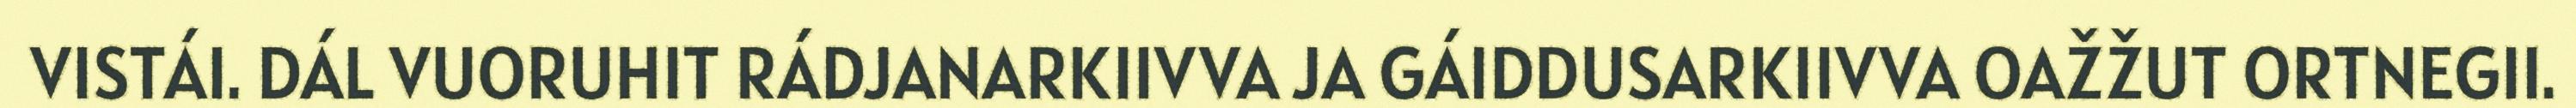
VISTÁI. DÁL VUORUHIT RÁDJANARKIIVVA JA GÁIDDUSARKIIVVA OAŽŽUT ORTNEGII.